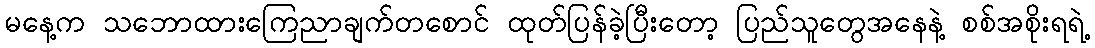
မနေ့က သဘောထားကြေညာချက်တစောင် ထုတ်ပြန်ခဲ့ပြီးတော့ ပြည်သူတွေအနေနဲ့ စစ်အစိုးရရဲ့